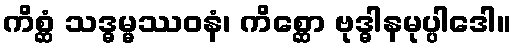
ကိစ္ဆံ သဒ္ဓမ္မဿဝနံ၊ ကိစ္ဆော ဗုဒ္ဓါနမုပ္ပါဒေါ။